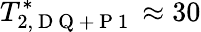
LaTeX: T_{2,\mathrm{~D~Q~+~P~1~}}^{*}\approx 30